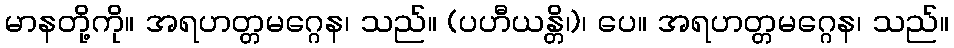
မာနတို့ကို။ အရဟတ္တမဂ္ဂေန၊ သည်။ (ပဟီယန္တိ၊)၊ ပေ။ အရဟတ္တမဂ္ဂေန၊ သည်။